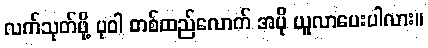
လက်သုတ်ဖို့ ပုဝါ တစ်ထည်လောက် အပို ယူလာပေးပါလား။